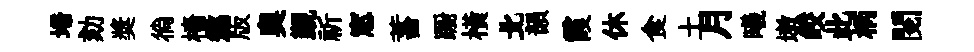
埽劾奬徜檣懲版奥覲祈窓蓄蹰橫北韻霞休食土月曦墩皎此柄閱